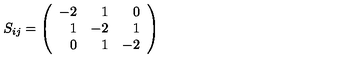
S _ { i j } = \left( \begin{array} { r r r } { - 2 } & { 1 } & { 0 } \\ { 1 } & { - 2 } & { 1 } \\ { 0 } & { 1 } & { - 2 } \\ \end{array} \right)